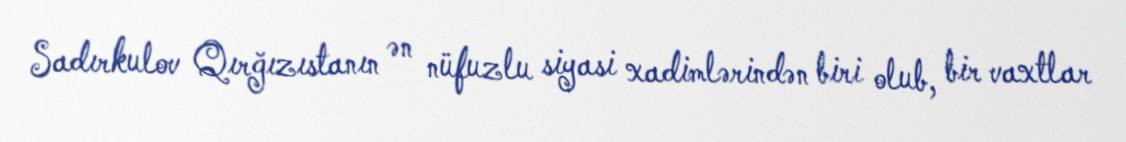
Sadırkulov Qırğızıstanın ən nüfuzlu siyasi xadimlərindən biri olub, bir vaxtlar